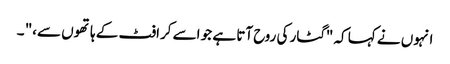
انہوں نے کہا کہ "گٹار کی روح آتا ہے جو اسے کرافٹ کے ہاتھوں سے،" ۔